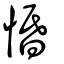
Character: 惛